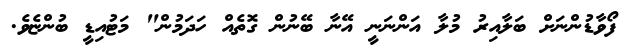
ފޯވާޑުންނަށް ބަލާއިރު މުލާ އަންނަނީ އޭނާ ބޭނުން ގޮތެއް ހަދަމުން" މަޓުއިޑީ ބުންޏެވެ.